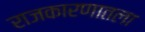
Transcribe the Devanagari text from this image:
राजकारणातला